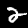
Digit: 2